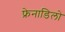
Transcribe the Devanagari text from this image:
फ्रेनाडिलो